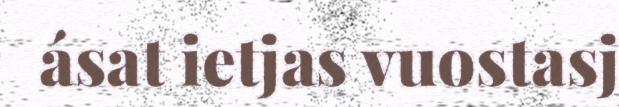
ásat ietjas vuostasj